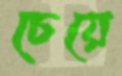
চেয়ে